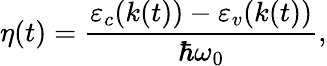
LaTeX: \eta(t)=\frac{\varepsilon_{c}(k(t))-\varepsilon_{v}(k(t))}{\hbar\omega_{0}},